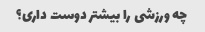
چه ورزشی را بیشتر دوست داری؟